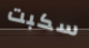
سكبت